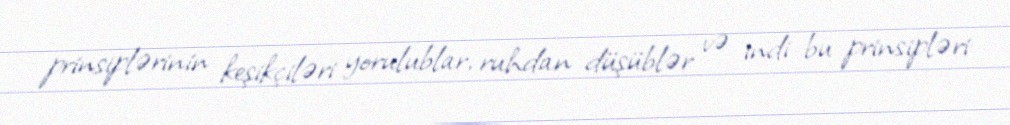
prinsiplərinin keşikçiləri yorulublar, ruhdan düşüblər və indi bu prinsipləri